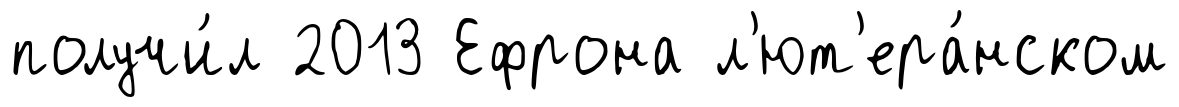
получи́л 2013 Ефрона л'ют'ера́нском